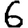
Digit: 6